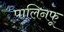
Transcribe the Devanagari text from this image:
पालिनफू